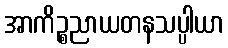
အာကိဉ္စညာယတနသပ္ပါယာ